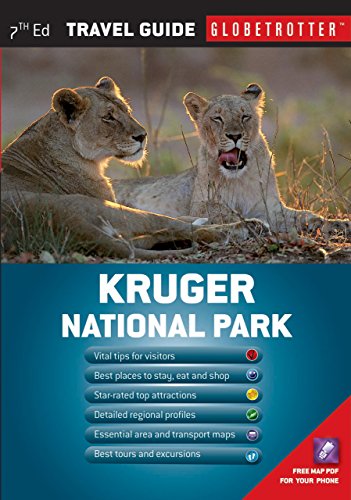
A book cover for Kruger National Park Travel Pack (Globetrotter Travel Packs); L. E.O. Braack; Travel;